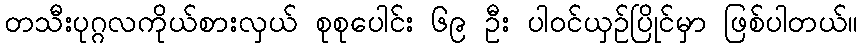
တသီးပုဂ္ဂလကိုယ်စားလှယ် စုစုပေါင်း ၆၉ ဦး ပါဝင်ယှဉ်ပြိုင်မှာ ဖြစ်ပါတယ်။